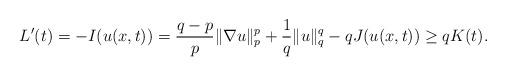
LaTeX: \begin{align*}L'(t)=-I(u(x,t))=\frac {q-p}{p}\|\nabla u\|_p^p+\frac {1}{q}\|u\|_q^q-qJ(u(x,t))\ge qK(t).\end{align*}